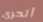
أتحرى